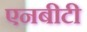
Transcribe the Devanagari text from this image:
एनबीटी